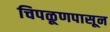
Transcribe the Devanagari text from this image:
चिपळूणपासून